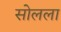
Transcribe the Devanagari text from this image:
सोलला